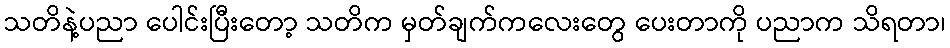
သတိနဲ့ပညာ ပေါင်းပြီးတော့ သတိက မှတ်ချက်ကလေးတွေ ပေးတာကို ပညာက သိရတာ၊